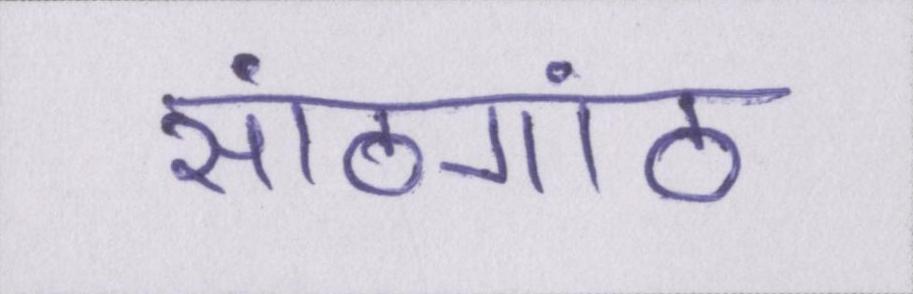
सांठगांठ